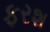
ફરશ